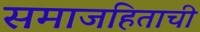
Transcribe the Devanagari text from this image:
समाजहिताची